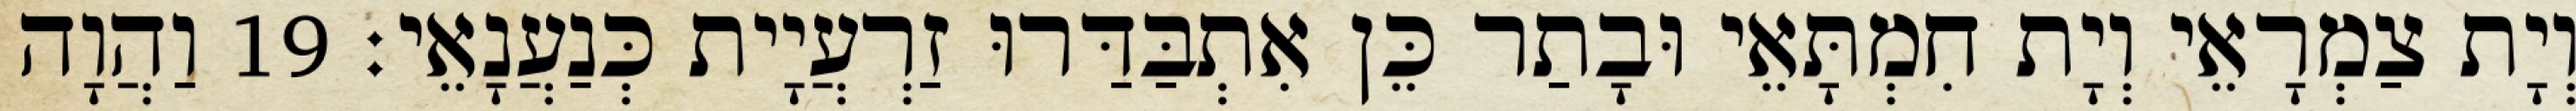
וְיָת צַמְרָאֵי וְיָת חִמְתָּאֵי וּבָתַר כֵּן אִתְבַּדַּרוּ זַרְעֲיָית כְּנַעֲנָאֵי׃ 19 וַהֲוָה